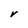
Character: V